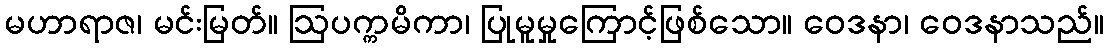
မဟာရာဇ၊ မင်းမြတ်။ ဩပက္ကမိကာ၊ ပြုမူမှုကြောင့်ဖြစ်သော။ ဝေဒနာ၊ ဝေဒနာသည်။